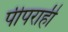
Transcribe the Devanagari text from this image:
पीपराही